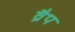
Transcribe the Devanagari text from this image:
व्रैप